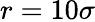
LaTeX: r=10\sigma